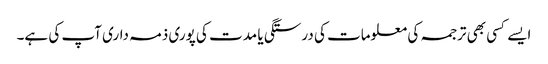
ایسے کسی بھی ترجمہ کی معلومات کی درستگی یا مدت کی پوری ذمہ داری آپ کی ہے۔